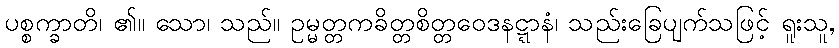
ပစ္စက္ခာတိ၊ ၏။ သော၊ သည်။ ဥမ္မတ္တကခိတ္တစိတ္တဝေဒနဋ္ဋာနံ၊ သည်းခြေပျက်သဖြင့် ရူးသူ,